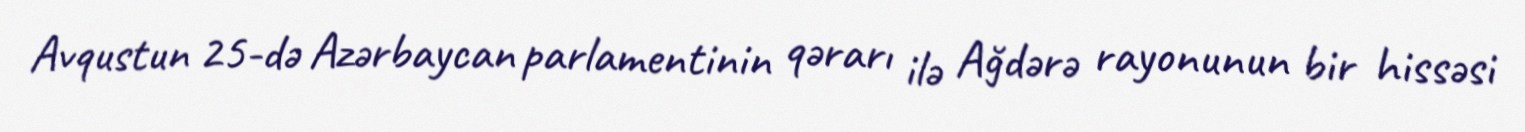
Avqustun 25-də Azərbaycan parlamentinin qərarı ilə Ağdərə rayonunun bir hissəsi